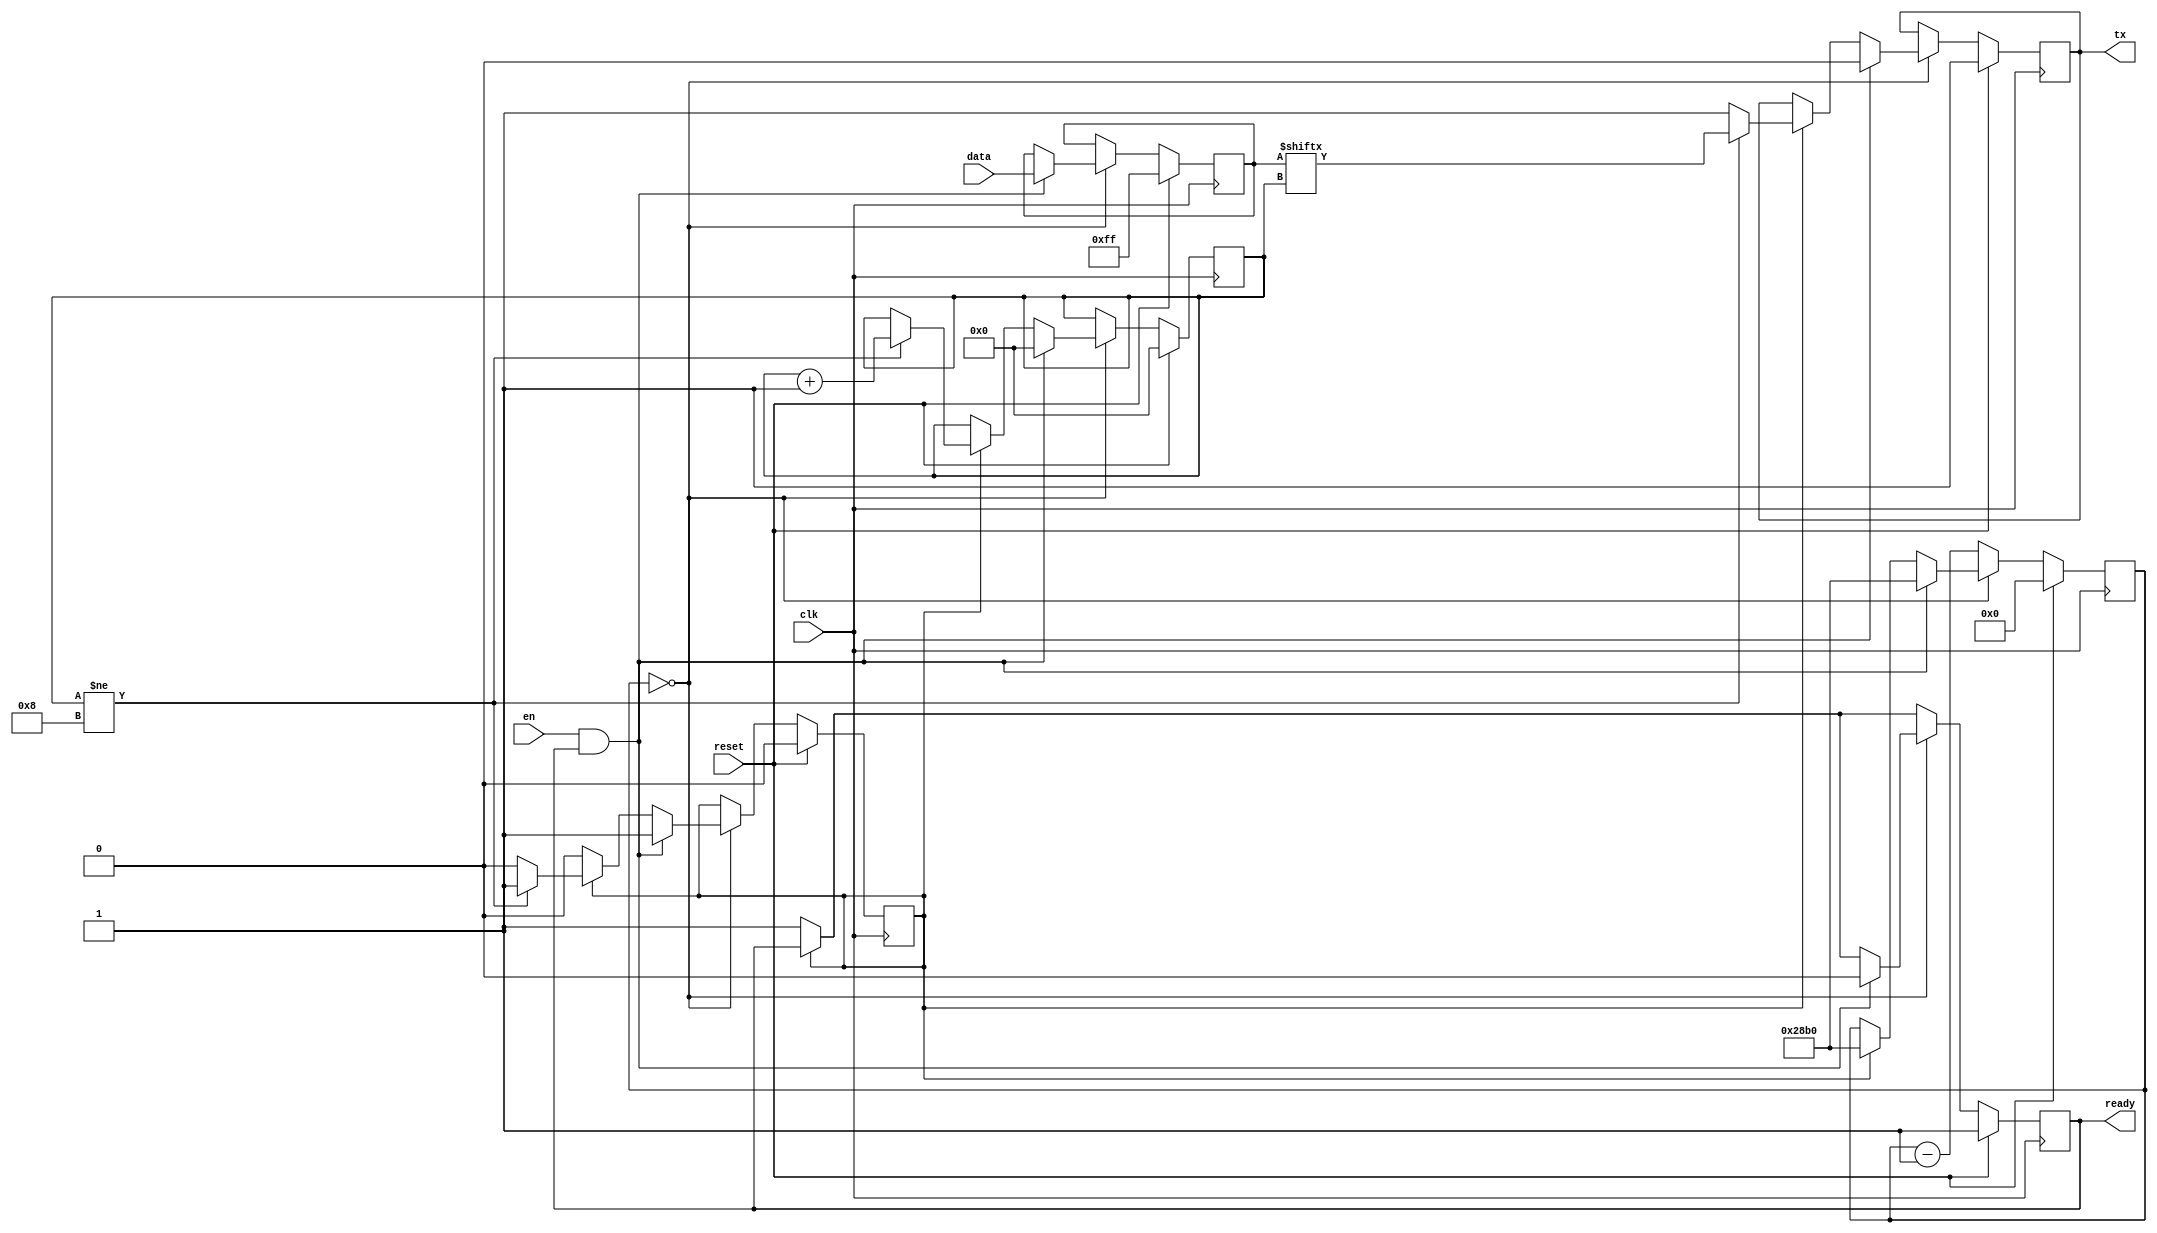
`timescale 1ns / 1ps

module UARTSender#(parameter CLKFRQ = 100000000, BAUDRATE = 9600)
  (
   input       clk,
   input       reset,
   input [7:0] data,
   input       en,
   output reg  tx,
   output reg  ready
   );

   localparam CLK_PER_BAUD = CLKFRQ/BAUDRATE,
     INIT = 16'b0;

   reg [15:0] tx_counter;
   reg [3:0]  tx_index;
   reg        tx_on;
   reg [7:0]  savedData;

   always @(posedge clk)
     begin
        if (reset)
          begin
             tx <= 1'b1;
             ready <= 1'b1;
             tx_counter <= INIT;
             tx_index <= 4'b0;
             tx_on <= 1'b0;
             savedData <= 8'b1111_1111;
          end
        else
          begin
             if (tx_counter == INIT)
               begin
                  if (en && ready)
                    begin
                       ready <= 1'b0;
                       tx_on <= 1'b1;
                       tx <= 1'b0;
                       tx_counter <= CLK_PER_BAUD;
                       tx_index <= 4'b0;
                       savedData <= data;
                    end
                  else if (tx_on)
                    begin
                       if (tx_index != 4'b1000)
                         begin
                            tx <= savedData[tx_index];
                            tx_index <= tx_index + 1;
                         end
                       else
                         begin
                            tx <= 1'b1;
                            tx_on <= 1'b0;
                         end
                       tx_counter <= CLK_PER_BAUD;
                    end // if (tx_on)
                  else
                    begin
                       ready <= 1'b1;
                    end // else: !if(tx_on)
               end // if (tx_counter == INIT)
             else
               begin
                  if (!tx_on)
                    ready <= 1'b1;
                  tx_counter <= tx_counter - 1;
               end // else: !if(tx_counter == INIT)
          end // else: !if(reset)
     end // always @ (posedge clk)

endmodule // UARTCommunicator

module UARTReceiver#(parameter CLKFRQ = 100000000, BAUDRATE = 9600)
   (
    input            clk,
    input            reset,
    input            rx,
    output reg [7:0] data,
    output reg       receiveAll
    );

   localparam CLK_PER_BAUD = CLKFRQ/BAUDRATE,
     INIT = 16'b0;

   reg [15:0]        rx_counter;
   reg [3:0]         rx_index;
   reg               rx_on;
   reg [7:0]         receiveData;

   always @(posedge clk)
     begin
        if (reset)
          begin
             data <= 8'b0;
             receiveAll <= 1'b0;
             rx_counter <= INIT;
             rx_index <= 4'b0;
             rx_on <= 1'b0;
             receiveData <= 8'b1111_1111;
          end
        else
          begin
             if (rx_counter == INIT)
               begin
                  if (!rx && !rx_on)
                    begin
                       rx_on <= 1'b1;
                       rx_index <= 4'b0;
                       rx_counter <= CLK_PER_BAUD;
                       receiveAll <= 1'b0;
                    end
                  else if (rx_on)
                    begin
                       if (rx_index != 4'b1000)
                         begin
                            receiveData[rx_index] <= rx;
                            rx_index <= rx_index + 1;
                         end
                       else
                         begin
                            data <= receiveData;
                            receiveAll <= 1'b1;
                            rx_on <= 0;
                         end // else: !if(rx_index != 4'b1000)
                       rx_counter <= CLK_PER_BAUD;
                    end // if (rx_on)
                  else
                    begin
                       receiveAll <= 1'b0;
                    end // else: !if(rx_on)
               end // if (rx_counter == INIT)
             else
               begin
                  receiveAll <= 1'b0;
                  rx_counter <= rx_counter - 1;
               end // else: !if(rx_counter == INIT)
          end // else: !if(reset)
     end // always @ (posedge clk)

endmodule // UARTReceiver